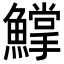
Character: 𩻰